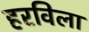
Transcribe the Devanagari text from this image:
हरविला